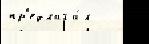
пр'едлага́л